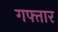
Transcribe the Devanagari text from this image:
गफ्तार